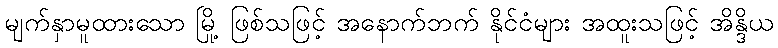
မျက်နှာမူထားသော မြို့ ဖြစ်သဖြင့် အနောက်ဘက် နိုင်ငံများ အထူးသဖြင့် အိန္ဒိယ